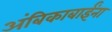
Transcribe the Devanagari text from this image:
अंबिकाबाईंना